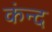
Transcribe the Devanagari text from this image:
कंन्द